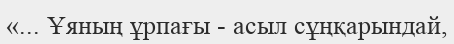
«... Ұяның ұрпағы - асыл сұңқарындай,